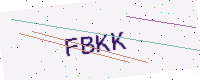
Text: FBKK